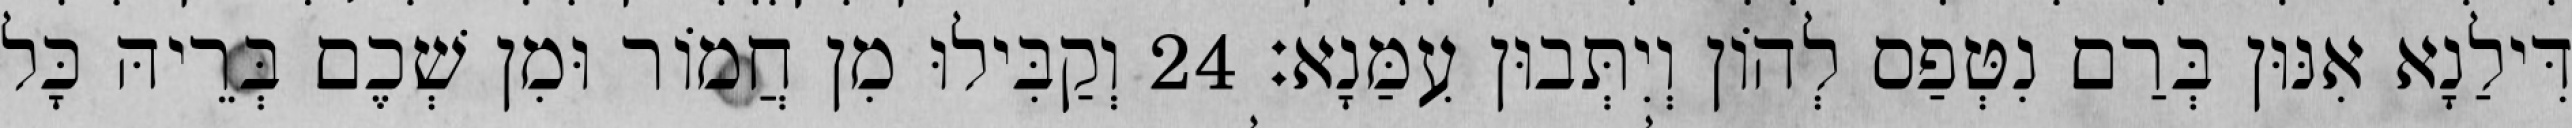
דִּילַנָא אִנּוּן בְּרַם נִטְּפַס לְהוֹן וְיִתְּבוּן עִמַּנָא׃ 24 וְקַבִּילוּ מִן חֲמוֹר וּמִן שְׁכֶם בְּרֵיהּ כָּל